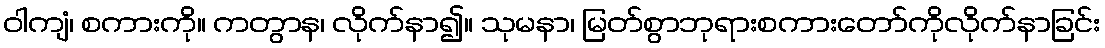
ဝါကျံ၊ စကားကို။ ကတွာန၊ လိုက်နာ၍။ သုမနာ၊ မြတ်စွာဘုရားစကားတော်ကိုလိုက်နာခြင်း